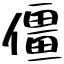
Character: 僵